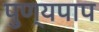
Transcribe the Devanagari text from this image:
पुण्यपाप